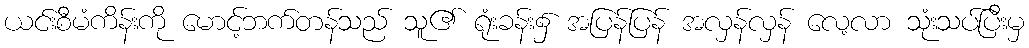
ယင်းစီမံကိန်းကို မောင့်ဘက်တန်သည် သူ၏ ရုံးခန်း၌ အပြန်ပြန် အလှန်လှန် လေ့လာ သုံးသပ်ပြီးမှ